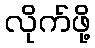
လိုက်ဖို့